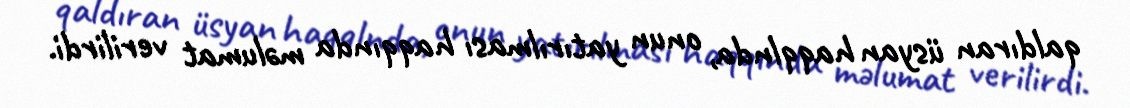
qaldıran üsyan haqqlnda, onun yatırılması haqqında məlumat verilirdi.